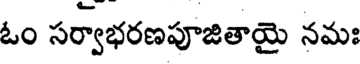
ఓం సర్వాభరణపూజితాయై నమః